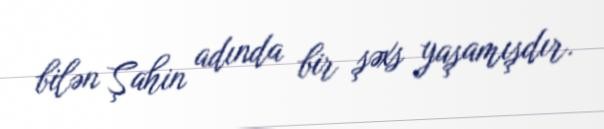
bilən Şahin adında bir şəxs yaşamışdır.